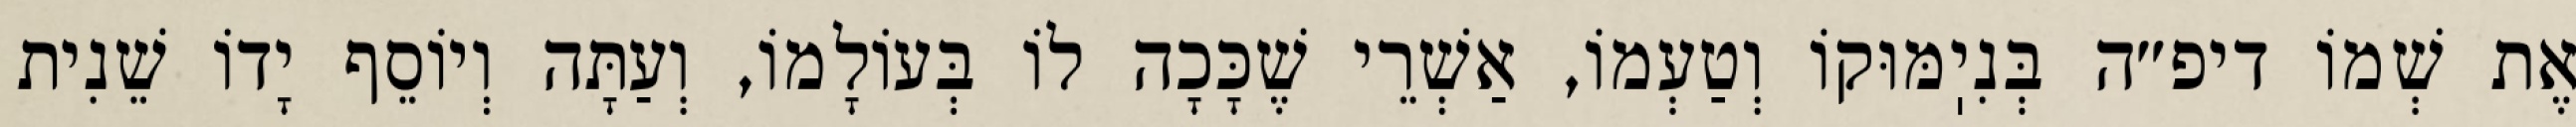
אֶת שְׁמוֹ דיפ״ה בְּנִיֽמּוּקוֹ וְטַעְמוֹ, אַשְׁרֵי שֶׁכָּכָה לוֹ בְּעוֹלָמוֹ, וְעַתָּה וְיוֹסֵף יָדוֹ שֵׁנִית